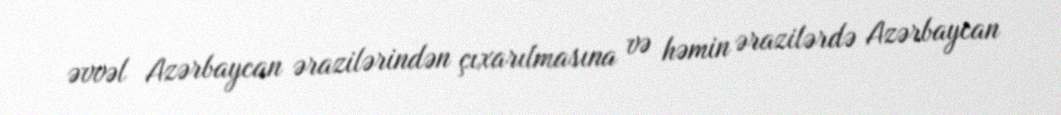
əvvəl Azərbaycan ərazilərindən çıxarılmasına və həmin ərazilərdə Azərbaycan